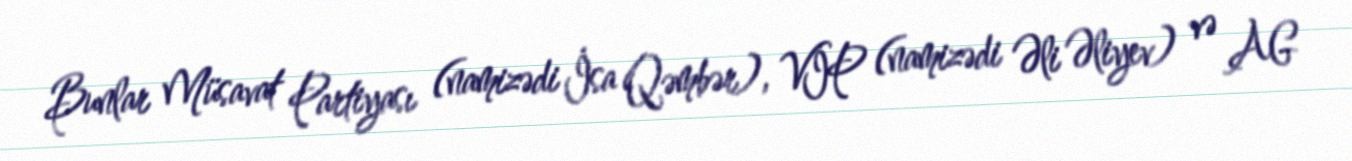
Bunlar Müsavat Partiyası (namizədi İsa Qəmbər), VİP (namizədi Əli Əliyev) və AG